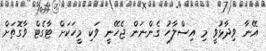
އޭނާ ވިދާޅުވީ މި އިސްލާހު ގެންނަން ޖެހޭނީ ވަކި މީހަކަށް ޓާގެޓް ވާގޮތަށް